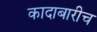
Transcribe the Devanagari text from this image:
कादाबारीच